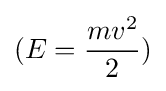
(E={mv^{2} \over 2})